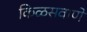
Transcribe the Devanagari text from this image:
किळसवाणे